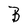
Character: B